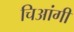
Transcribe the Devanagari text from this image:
चिआंगी